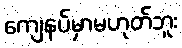
ကျေနပ်မှာမဟုတ်ဘူး